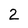
Character: 2